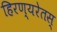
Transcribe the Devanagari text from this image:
हिरण्यरेतस्